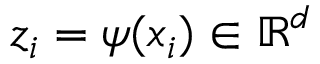
z _ { i } = \psi ( x _ { i } ) \in \mathbb { R } ^ { d }